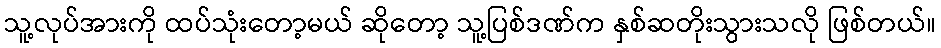
သူ့လုပ်အားကို ထပ်သုံးတော့မယ် ဆိုတော့ သူ့ပြစ်ဒဏ်က နှစ်ဆတိုးသွားသလို ဖြစ်တယ်။